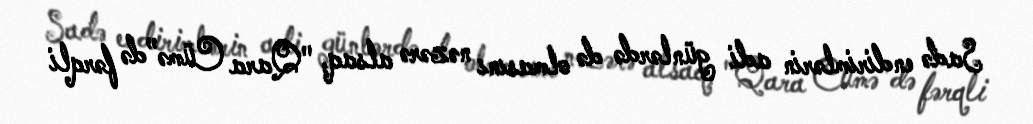
Sadə endirimlərin adi günlərdə də olmasını nəzərə alsaq, "Qara Cümə”də fərqli